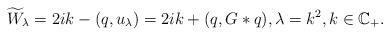
LaTeX: \begin{align*}\widetilde{W}_\lambda=2ik-(q, u_\lambda)=2ik+(q, G\ast{q}), \lambda=k^2, k\in\mathbb{C}_+.\end{align*}